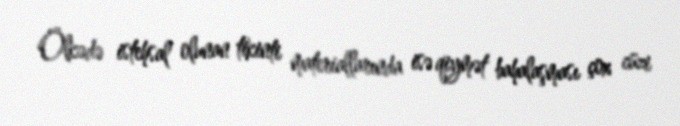
Ölkədə istehsal olunan tikinti materiallarında isə qiymət bahalaşması çox cüzi